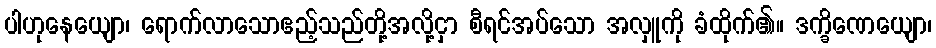
ပါဟုနေယျော၊ ရောက်လာသောဧည့်သည်တို့အလို့ငှာ စီရင်အပ်သော အလှူကို ခံထိုက်၏။ ဒက္ခိဏေယျော၊